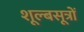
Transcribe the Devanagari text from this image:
शूल्बसूत्रों